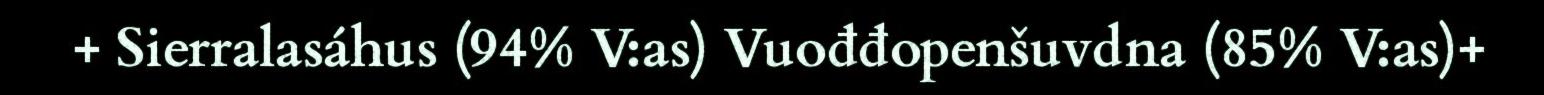
+ Sierralasáhus (94% V:as) Vuođđopenšuvdna (85% V:as)+